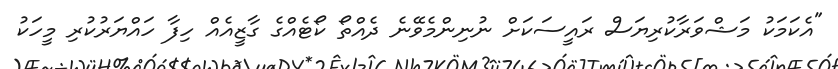
"އެކަމަކު މަޝްވަރާކުރިޔަސް ރައީސަކަށް ނުނިންމެވޭނެ ދެއްތޯ ކޯޓެއްގެ ގާޒީއެއް ހިފާ ހައްޔަރުކުރި މީހަކު